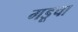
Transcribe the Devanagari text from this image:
गडूचा